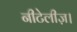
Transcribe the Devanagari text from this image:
नीटेलीज़।